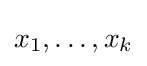
x_{1},\dots ,x_{k}